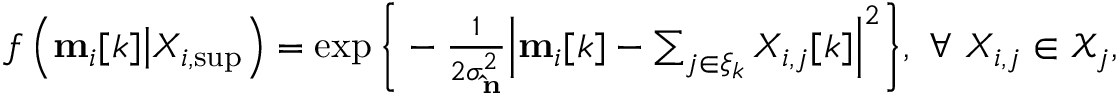
\begin{array} { r } { f \left( \mathbf { m } _ { i } [ k ] \big | X _ { i , \mathrm { s u p } } \right) = \exp \Bigg \{ - \frac { 1 } { 2 \sigma _ { \mathbf { \hat { \mathbf { n } } } } ^ { 2 } } \Big | \mathbf { m } _ { i } [ k ] - \sum _ { j \in \xi _ { k } } X _ { i , j } [ k ] \Big | ^ { 2 } \Bigg \} , \ \forall \ X _ { i , j } \in \mathcal { X } _ { j } , } \end{array}